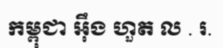
កម្ពុជា អ៊ឹង ហួត ល . រ.